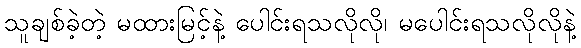
သူချစ်ခဲ့တဲ့ မထားမြင့်နဲ့ ပေါင်းရသလိုလို၊ မပေါင်းရသလိုလိုနဲ့